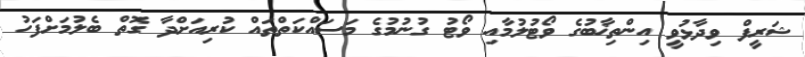
ޝަރީފް ވިދާޅުވީ އިންތިޚާބުގެ ވޯޓުލުމާއި ވޯޓު ގުނުމުގެ މަސައްކަތްތައް ކުރިއަށްދާ ގޮތް ބެލުމަށްފަހު